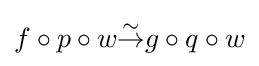
f\circ p\circ w{\overset {\sim }{\to }}g\circ q\circ w